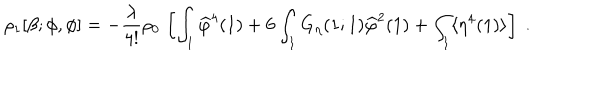
LaTeX: \rho _ { 1 } [ \beta ; \phi , \phi ] = - \frac { \lambda } { 4 ! } \rho _ { 0 } \, \left[ \int _ { 1 } \widehat \varphi ^ { 4 } ( 1 ) + 6 \int _ { 1 } G _ { \eta } ( 1 ; 1 ) \widehat \varphi ^ { 2 } ( 1 ) + \int _ { 1 } \langle \eta ^ { 4 } ( 1 ) \rangle \right] \; .